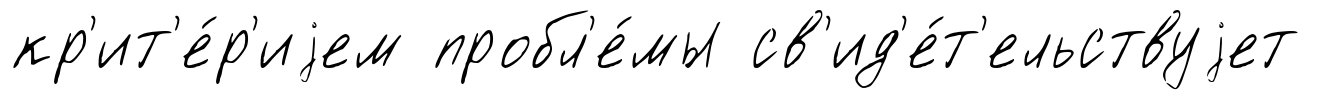
кр'ит'е́р'иjем пробл'е́мы св'ид'е́т'ельствуjет